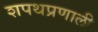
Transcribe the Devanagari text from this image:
शपथप्रणाली